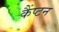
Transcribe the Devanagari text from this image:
कैंप्टन